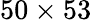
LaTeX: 50\times 53